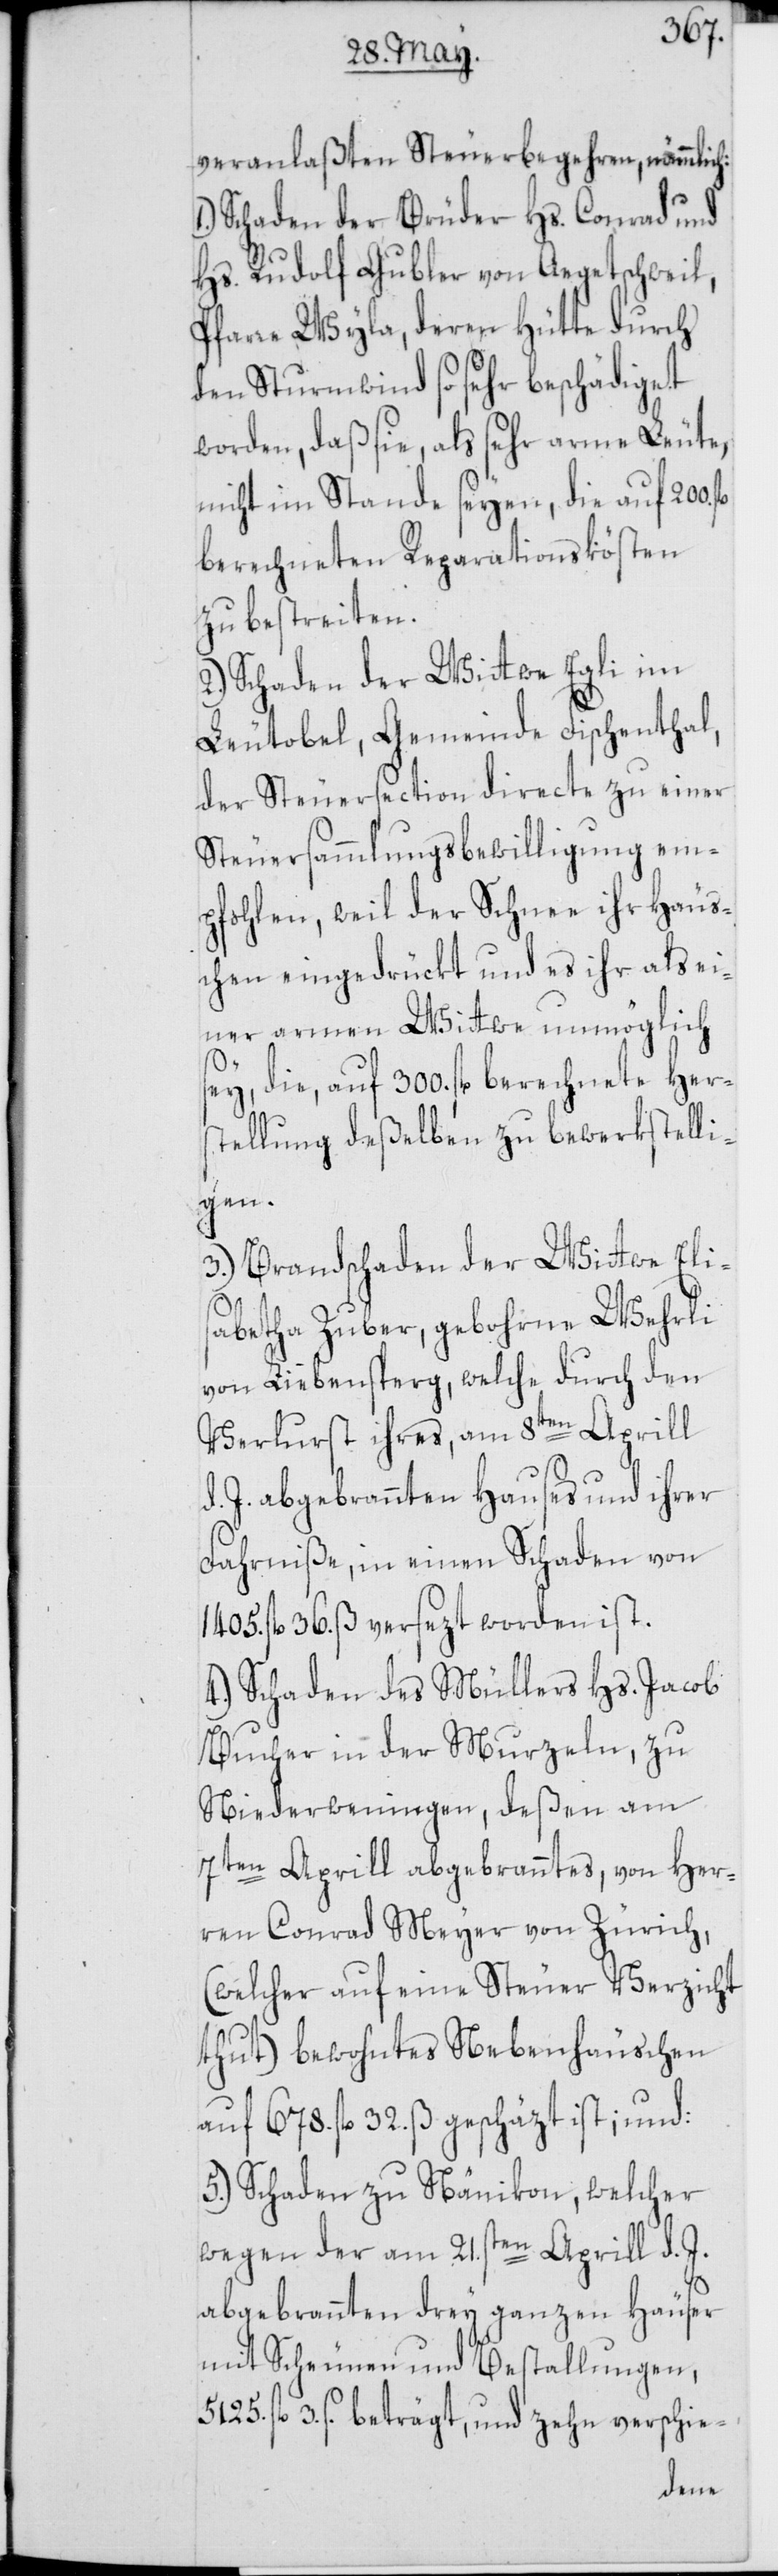
veranlaßten Steuerbegehren, nämmlich:
Schaden der Brüder Hs. Conrad und
Hs. Rudolf Gubler von Aegetschweil,
Pfarre Wyla, deren Hütte durch
den Sturmwind so sehr beschädiget
worden, daß sie, als sehr arme Leute,
nicht im Stande seyen, die auf 200.
berechneten Reparationskösten
zu bestreiten.
2.) Schaden der Wittwe Egli im
Leutobel, Gemeinde Fischenthal,
der Steuersection directe zu einer
Steuersammlungsbewilligung em¬
pfohlen, weil der Schnee ihr Häus¬
chen eingedrückt und es ihr als ei¬
ner armen Wittwe unmöglich
sey, die, auf 300. fl. berechnete Her¬
stellung deßelben zu bewerkstelli¬
gen.
3.) Brandschaden der Wittwe Eli¬
sabetha Zuber, gebohrne Wehrli
von Liebensperg, welche durch den
Verlurst ihres, am 8ten Aprill
d. J. abgebrannten Hauses und ihrer
Fahrniße, in einen Schaden von
1405. fl. 36. ß versezt worden ist.
4.) Schaden des Müllers Hs. Jacob
Bucher in der Murzeln, zu
Niederweningen, deßen am
7ten Aprill abgebranntes, von Her¬
ren Conrad Meyer von Zürich,
(welcher auf eine Steuer Verzicht
thut) bewohntes Nebenhäuschen
auf 678. fl. 32. ß geschäzt ist; und:
5.) Schaden zu Nänikon, welcher
wegen der am 21sten. Aprill d. J.
abgebrannten drey ganzen Häuser
mit Scheunen und Bestallungen,
[recte: ß.] beträgt, und zehn verschie-